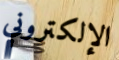
الإلكتروني